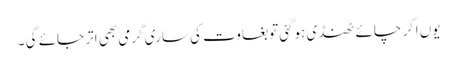
یوں اگر چائے ٹھنڈی ہوگئی توبغاوت کی ساری گرمی بھی اتر جائے گی ۔